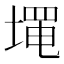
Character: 𰊓